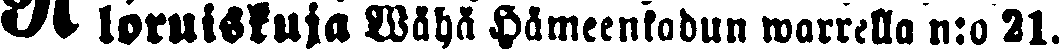
# loruiskuja Wähä Hämeenkadun warrella n:o 21.